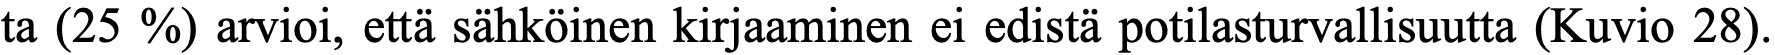
ta (25 %) arvioi, että sähköinen kirjaaminen ei edistä potilasturvallisuutta (Kuvio 28).